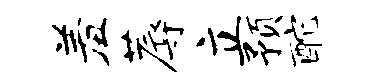
羞蓐立预酡